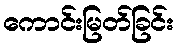
ကောင်းမြတ်ခြင်း